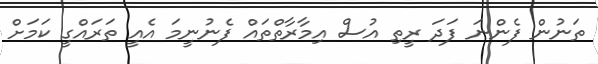
ތަނުން ފެންނަ ފަދަ ރީތި އުސް އިމާރާތްތައް ފެނުނީމަ އެއީ ތަރައްގީ ކަމަށް